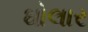
ઘોલાર